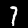
Label: 7